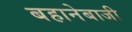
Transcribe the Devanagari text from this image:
बहानेबाजी